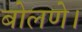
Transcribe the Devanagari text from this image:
बोलणे।